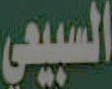
السبيعي